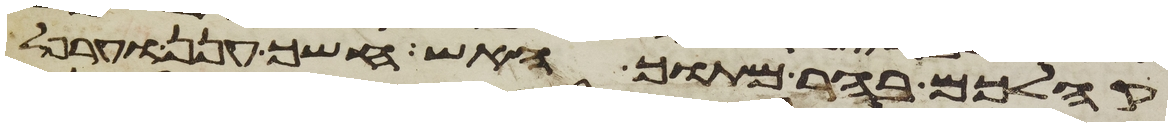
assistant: קהלכם בהר מתוך האש חשך ענן וערפל